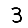
Digit: 3